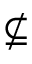
\nsubseteq